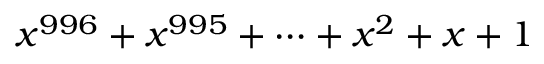
x ^ { 9 9 6 } + x ^ { 9 9 5 } + \cdots + x ^ { 2 } + x + 1